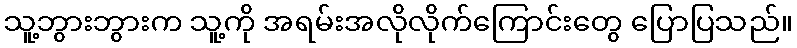
သူ့ဘွားဘွားက သူ့ကို အရမ်းအလိုလိုက်ကြောင်းတွေ ပြောပြသည်။